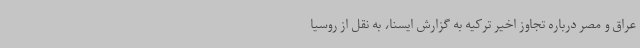
عراق و مصر درباره تجاوز اخیر ترکیه به گزارش ایسنا، به نقل از روسیا